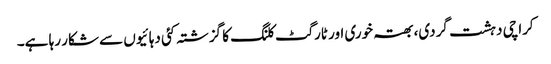
کراچی دہشت گردی، بھتہ خوری اور ٹارگٹ کلنگ کا گزشتہ کئی دہائیوں سے شکار رہا ہے۔